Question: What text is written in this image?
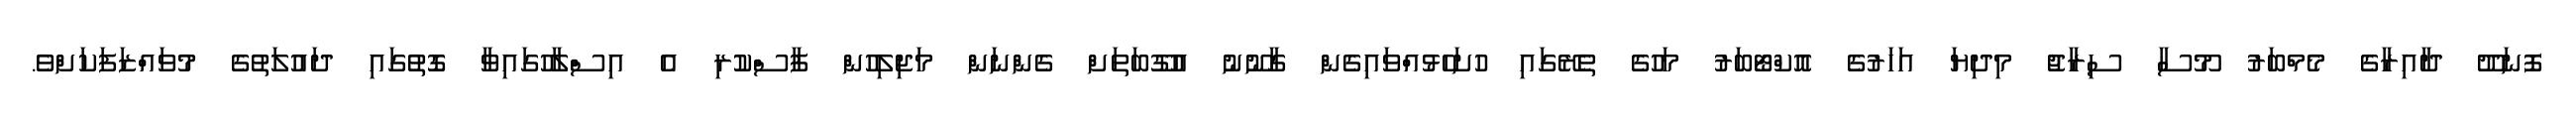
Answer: ފޮނަދޫ ދާއިރާގެ މެމްބަރު މޫސާ ސިރާޖު މިދިޔަ އަހަރުގެ އޮކްޓޯބަރު މަހުގެ ތެރޭގައި ހުށަހެޅުއްވައިގެން ގާނޫނު އުގޫބަތަށް ގެންނަން މަޖިލިހުން ފާސްކުރި އެ އިސްލާހުގައިވާ ގޮތުގައި ދައުލަތުގެ މުވައްޒަފަކަށްވެ.